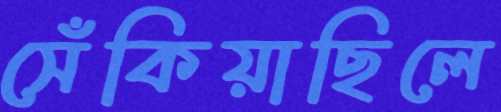
সেঁকিয়াছিলে